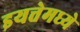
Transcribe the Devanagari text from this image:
इयत्तेमध्ये